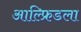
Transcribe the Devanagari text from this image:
आल्फ्रिडला